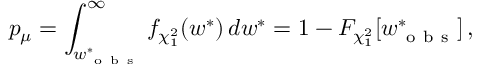
p _ { \mu } = \int _ { w _ { \mathrm { ~ o ~ b ~ s ~ } } ^ { \ast } } ^ { \infty } f _ { \chi _ { 1 } ^ { 2 } } ( w ^ { \ast } ) \, d w ^ { \ast } = 1 - F _ { \chi _ { 1 } ^ { 2 } } [ w _ { \mathrm { ~ o ~ b ~ s ~ } } ^ { \ast } ] \, ,